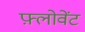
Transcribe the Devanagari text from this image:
फ़्लोवेंट